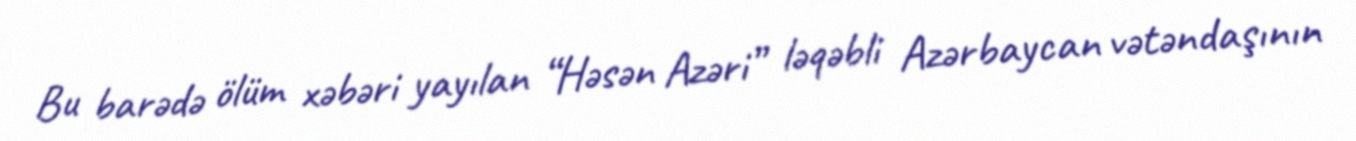
Bu barədə ölüm xəbəri yayılan “Həsən Azəri” ləqəbli Azərbaycan vətəndaşının